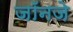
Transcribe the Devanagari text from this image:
जॉनजे